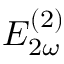
E _ { 2 \omega } ^ { ( 2 ) }